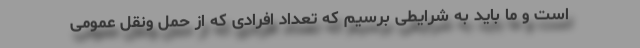
است و ما باید به شرایطی برسیم که تعداد افرادی که از حمل ونقل عمومی